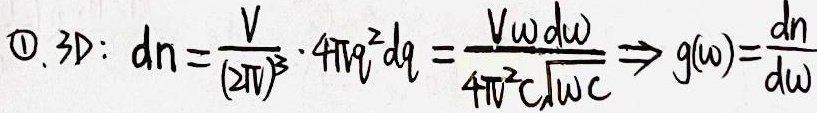
\textcircled{1}. 3D: \(dn=\frac{V}{(2\pi)^3}\cdot4\pi q^{2}dq=\frac{V\omega d\omega}{4\pi^{2}c\sqrt{\omega c}}\Rightarrow g(\omega)=\frac{dn}{d\omega}\)